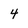
Character: 4